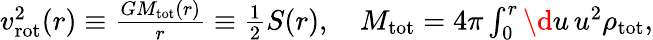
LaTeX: \begin{array}{r}{v_{\mathrm{rot}}^{2}(r)\equiv\frac{GM_{\mathrm{tot}}(r)}{r}\equiv{\frac{1}{2}}S(r),\quad M_{\mathrm{tot}}=4\pi\int_{0}^{r}\d u\, u^{2}\rho_{\mathrm{tot}},}\end{array}